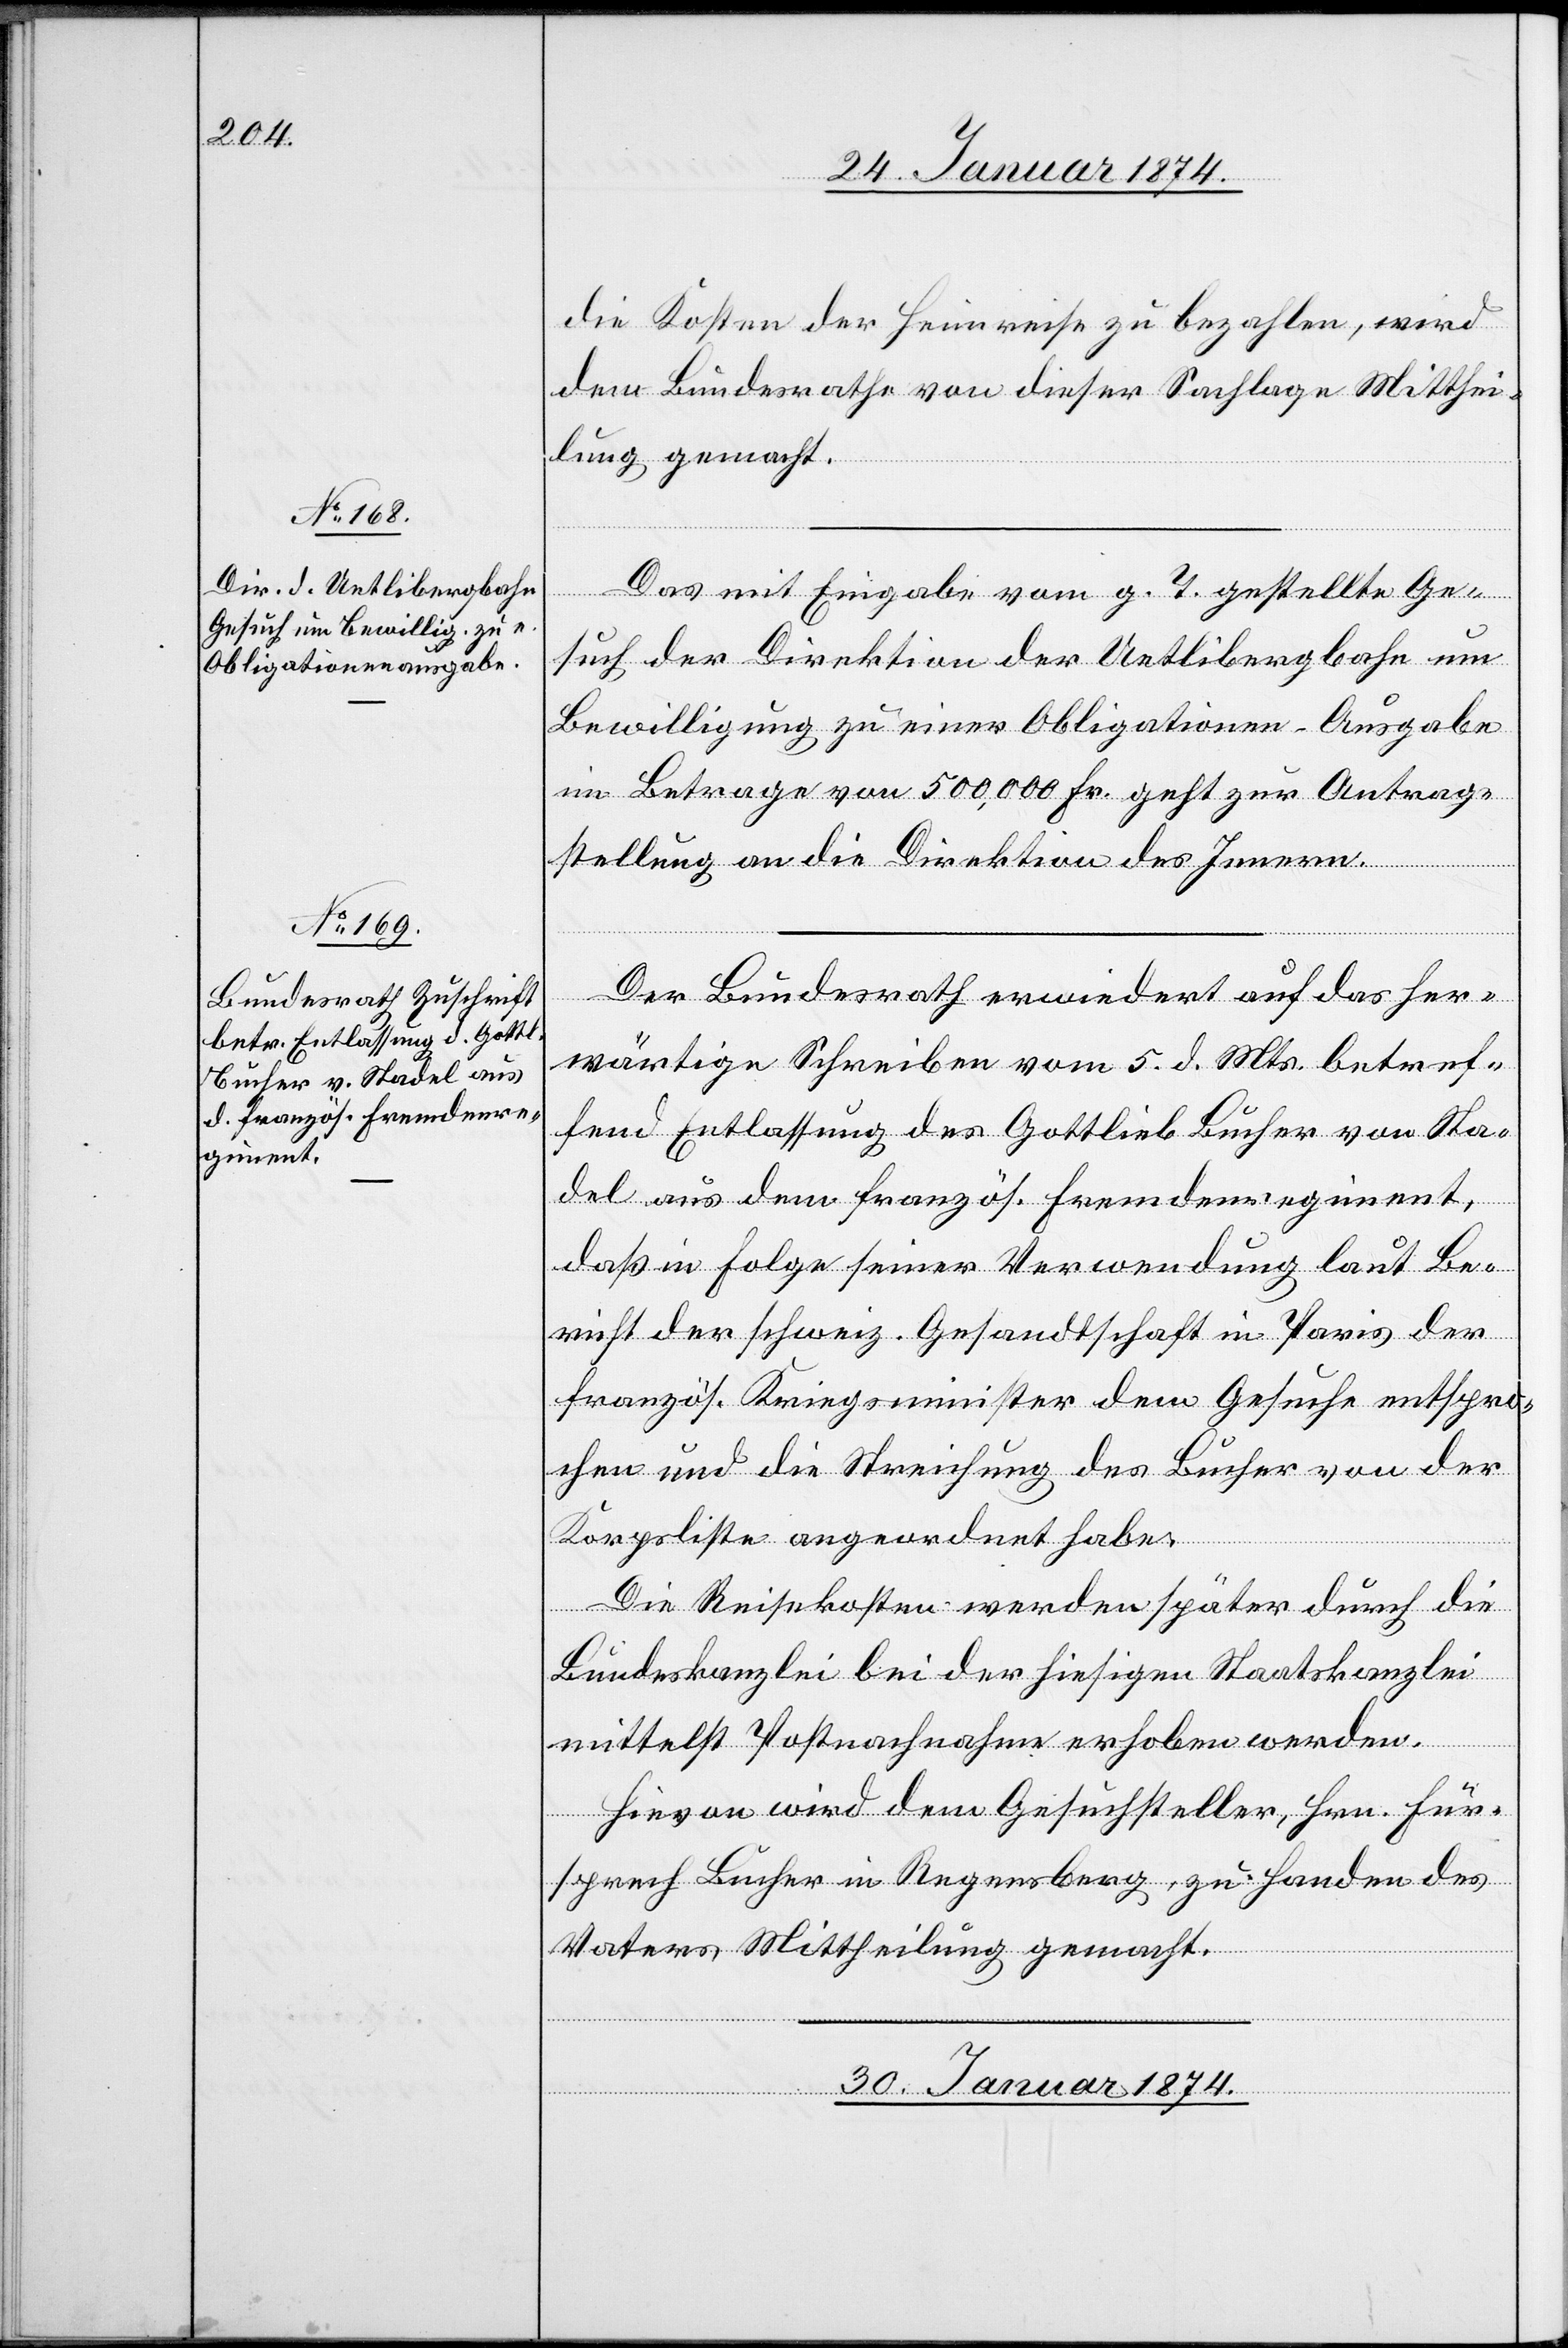
29. Januar 1874.]
die Kosten der Heimreise zu bezahlen, wird
dem Bundesrathe von dieser Sachlage Mitthei¬
lung gemacht.
Das mit Eingabe vom g. T. gestellte Ge¬
such der Direktion der Uetlibergbahn um
Bewilligung zu einer Obligationen-Ausgabe
im Betrage von 500,000 Fr. geht zur Antrag¬
stellung an die Direktion des Innern.
Der Bundesrath erwiedert auf das her¬
wärtige Schreiben vom 5. d. Mts. betref¬
fend Entlassung des Gottlieb Bucher von Sta¬
del aus dem französ. Fremdenregiment,
daß in Folge seiner Verwendung laut Be¬
richt der schweiz. Gesandtschaft in Paris der
französ. Kriegsminister dem Gesuche entspro¬
chen und die Streichung des Bucher von der
Korpsliste angeordnet habe.
Die Reisekosten werden später durch die
Bundeskanzlei bei bei [sic!] der hiesigen Staatskanzlei
mittelst Postnachnahme erhoben werden.
Hievon wird dem Gesuchsteller, Hrn. Für¬
sprech Bucher in Regensberg, zu Handen des
Notars Mittheilung gemacht.